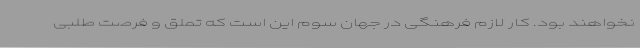
نخواهند بود. کارِ لازم فرهنگی در جهان سوم این است که تملق و فرصت طلبی